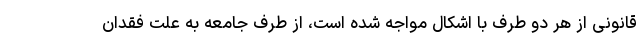
قانونی از هر دو طرف با اشکال مواجه شده است، از طرف جامعه به علت فقدان